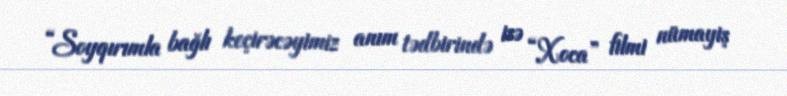
“Soyqırımla bağlı keçirəcəyimiz anım tədbirində isə “Xoca” filmi nümayiş